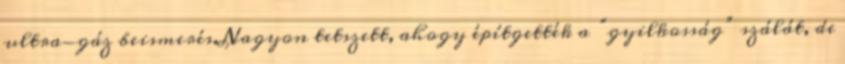
ultra-gáz beismerés.Nagyon tetszett, ahogy építgették a “gyilkosság” szálát, de